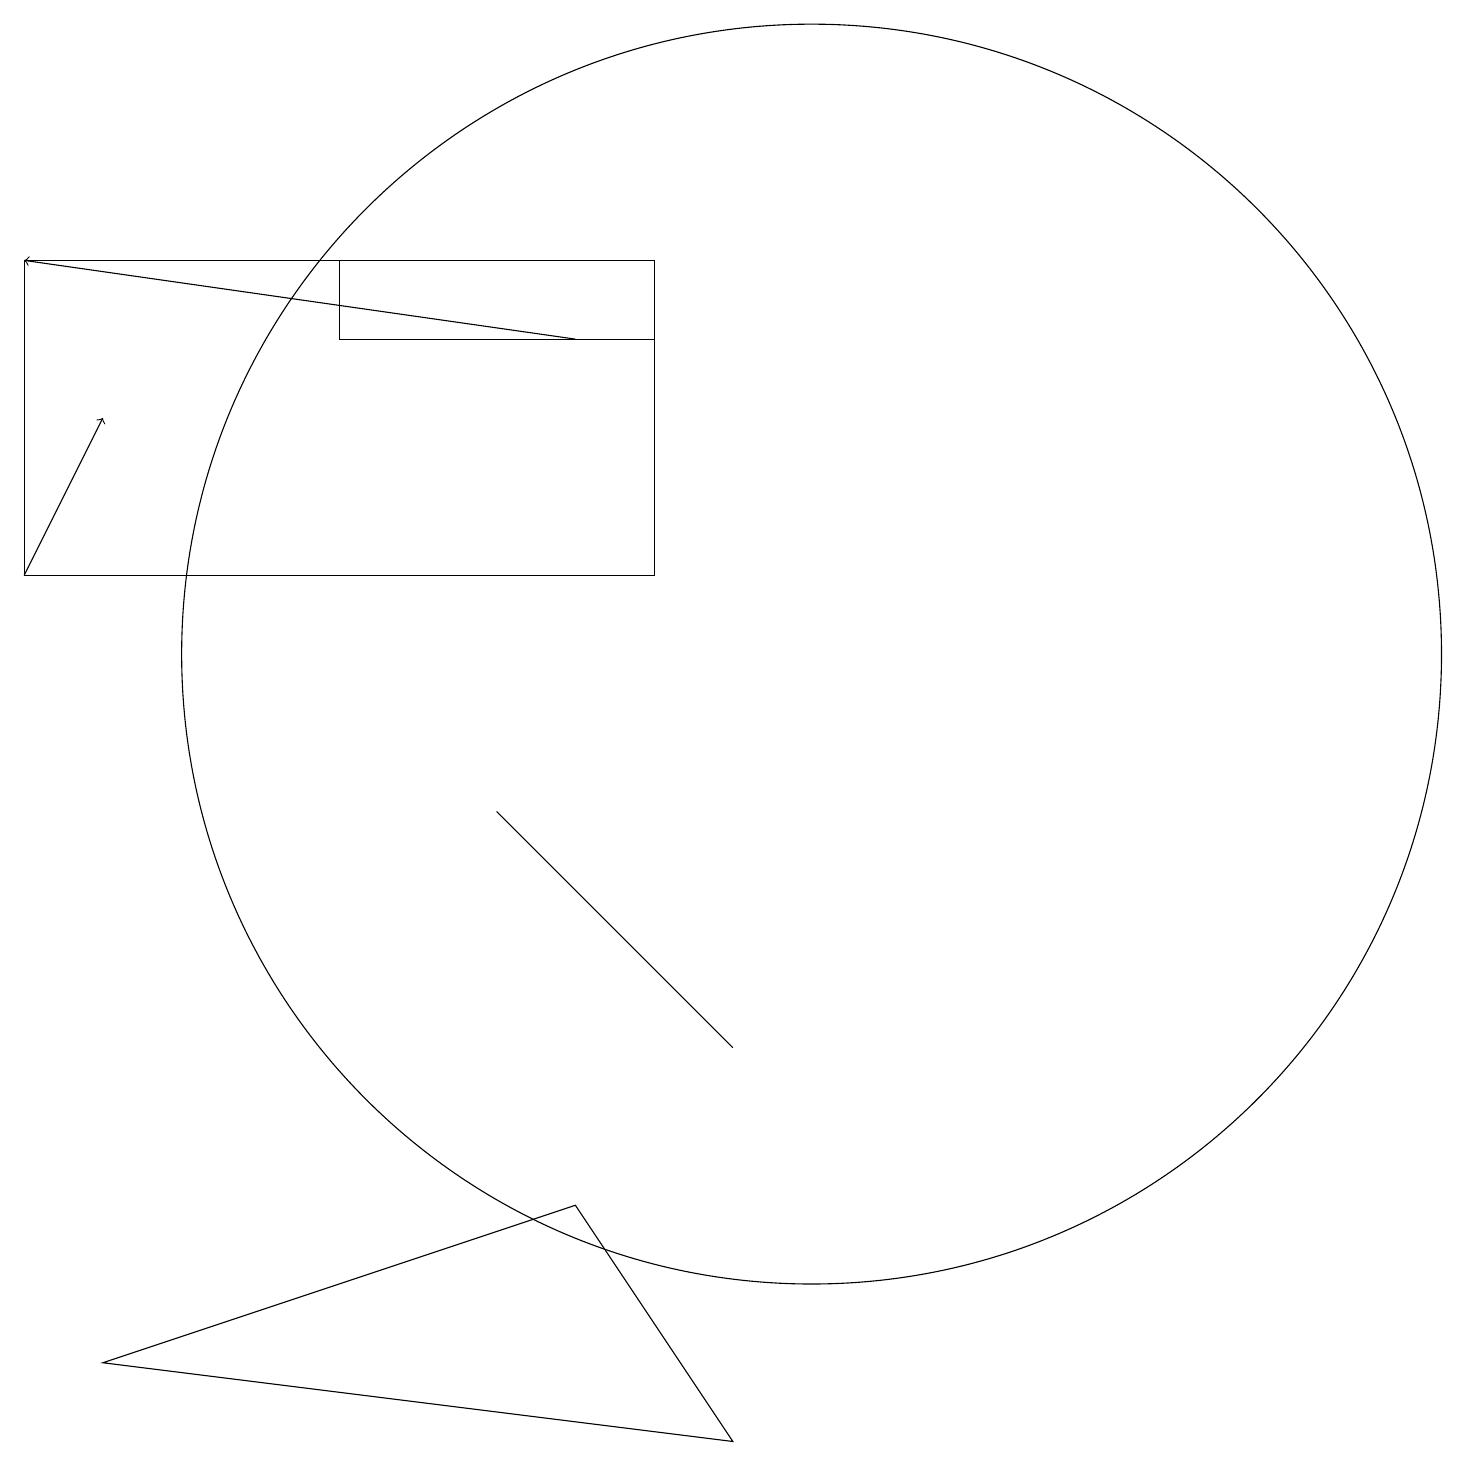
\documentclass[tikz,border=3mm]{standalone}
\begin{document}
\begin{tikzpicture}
\draw (4,16) rectangle (8,15);
\draw (6,9) -- (9,6) -- (8,7) -- cycle;
\draw (7,4) -- (9,1) -- (1,2) -- cycle;
\draw (8,16) rectangle (0,12);
\draw (10,11) circle (8);
\draw[->] (7,15) -- (0,16);
\draw[->] (0,12) -- (1,14);
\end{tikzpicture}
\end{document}